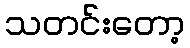
သတင်းတော့